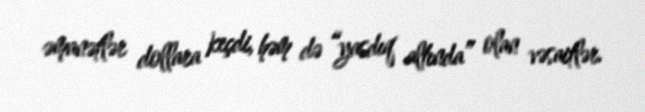
əmanətlər dollara keçdi, həm də “yasdıq altında” olan vəsaitlər.